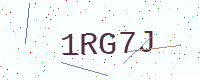
Text: 1RG7J